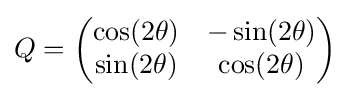
Q={\begin{pmatrix}\cos(2\theta )&-\sin(2\theta )\\\sin(2\theta )&\cos(2\theta )\end{pmatrix}}